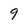
Character: 9